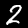
Label: 2